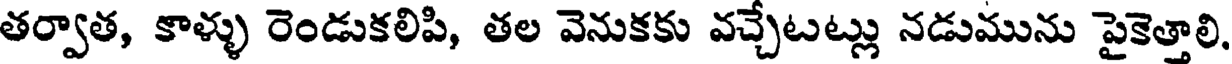
తర్వాత, కాళ్ళు రెండుకలిపి, తల వెనుకకు వచ్చేటట్లు నడుమును పైకెత్తాలి